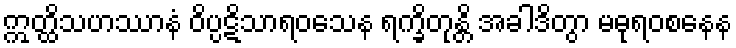
ဣတ္ထိသဟဿာနံ ဝိပ္ပဋိသာရဝသေန ရက္ခိတုန္တိ အခါဒိတွာ မဓုရဝစနေန